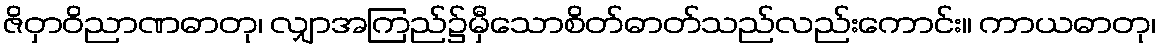
ဇိဝှာဝိညာဏဓာတု၊ လျှာအကြည်၌မှီသောစိတ်ဓာတ်သည်လည်းကောင်း။ ကာယဓာတု၊